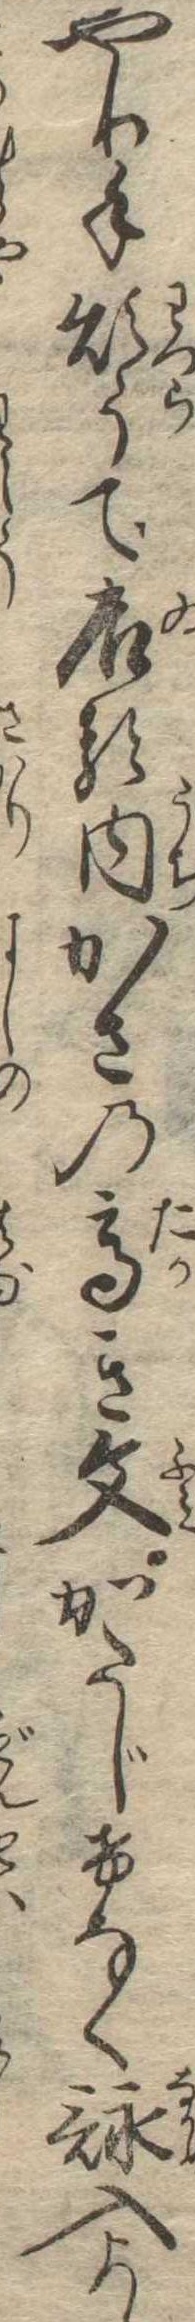
やり手煩うて居る内かさの高き文かたじけなく詠入ま